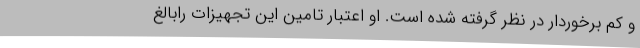
و کم برخوردار در نظر گرفته شده است. او اعتبار تامین این تجهیزات رابالغ